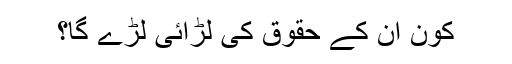
کون ان کے حقوق کی لڑائی لڑے گا؟